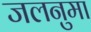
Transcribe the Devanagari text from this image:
जलनुमा